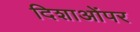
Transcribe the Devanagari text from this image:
दिशाओंपर